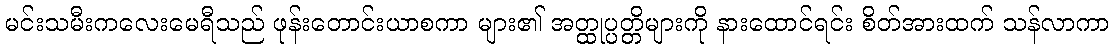
မင်းသမီးကလေးမေရီသည် ဖုန်းတောင်းယာစကာ များ၏ အတ္ထုပ္ပတ္တိများကို နားထောင်ရင်း စိတ်အားထက် သန်လာကာ